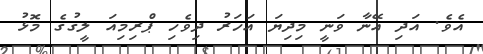
އެވެ. އަދި އޭނާ ވަނީ މިދިޔަ އަހަރު ދިވެހި ޕްރިމިއަ ލީގުގެ މޮޅު